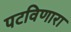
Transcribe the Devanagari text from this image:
पटविणारा